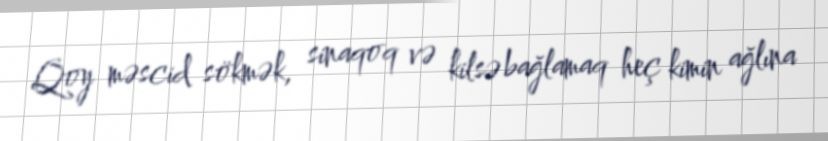
Qoy məscid sökmək, sinaqoq və kilsə bağlamaq heç kimin ağlına